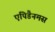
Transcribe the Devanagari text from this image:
एपिडैनमस